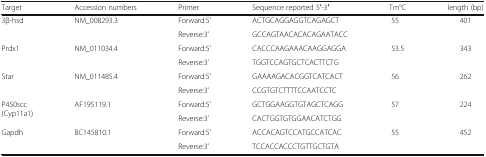
<table><thead><tr><td><b>Target</b></td><td><b>Accession numbers</b></td><td><b>Primer</b></td><td><b>Sequence reported 5′-3′</b></td><td><b>Tm°C</b></td><td><b>length (bp)</b></td></tr></thead><tbody><tr><td rowspan="2">3β-hsd</td><td rowspan="2">NM_008293.3</td><td>Forward:5’</td><td>ACTGCAGGAGGTCAGAGCT</td><td rowspan="2">55</td><td rowspan="2">401</td></tr><tr><td>Reverse:3’</td><td>GCCAGTAACACACAGAATACC</td></tr><tr><td rowspan="2">Prdx1</td><td rowspan="2">NM_011034.4</td><td>Forward:5’</td><td>CACCCAAGAAACAAGGAGGA</td><td rowspan="2">53.5</td><td rowspan="2">343</td></tr><tr><td>Reverse:3’</td><td>TGGTCCAGTGCTCACTTCTG</td></tr><tr><td rowspan="2">Star</td><td rowspan="2">NM_011485.4</td><td>Forward:5’</td><td>GAAAAGACACGGTCATCACT</td><td rowspan="2">56</td><td rowspan="2">262</td></tr><tr><td>Reverse:3’</td><td>CCGTGTCTTTTCCAATCCTC</td></tr><tr><td rowspan="2">P450scc(Cyp11a1)</td><td rowspan="2">AF195119.1</td><td>Forward:5’</td><td>GCTGGAAGGTGTAGCTCAGG</td><td rowspan="2">57</td><td rowspan="2">224</td></tr><tr><td>Reverse:3’</td><td>CACTGGTGTGGAACATCTGG</td></tr><tr><td rowspan="2">Gapdh</td><td rowspan="2">BC145810.1</td><td>Forward:5’</td><td>ACCACAGTCCATGCCATCAC</td><td rowspan="2">55</td><td rowspan="2">452</td></tr><tr><td>Reverse:3’</td><td>TCCACCACCCTGTTGCTGTA</td></tr></tbody></table>